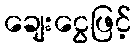
ချေးငွေဖြင့်